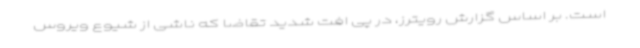
است. بر اساس گزارش رویترز، در پی افت شدید تقاضا که ناشی از شیوع ویروس